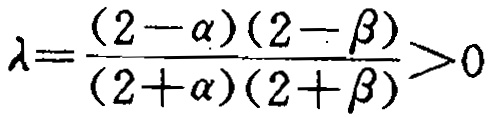
\(\lambda=\frac{(2-\alpha)(2-\beta)}{(2+\alpha)(2+\beta)}>0\)